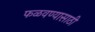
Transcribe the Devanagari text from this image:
फळवण्यासाठी